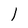
Character: l